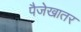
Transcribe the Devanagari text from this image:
पैजेखातर